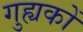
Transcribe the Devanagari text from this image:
गुह्यकों